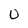
Character: u